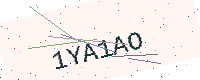
Text: 1YA1AO